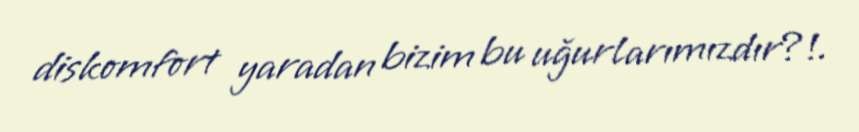
diskomfort yaradan bizim bu uğurlarımızdır?!.